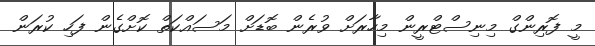
މީ ފޮރިންގް މިނިސްޓްރީން މިހާރަށް ވުރެން ބޮޑަށް މަސައްކަތް ކޮށްގެން ފަހި ކުރަން